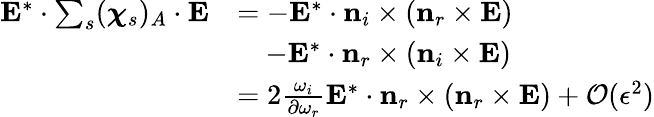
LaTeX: \begin{array}{rl}{\mathbf{E}^{*}\cdot\sum_{s}(\boldsymbol{\chi}_{s})_{A}\cdot\mathbf{E}}&{=-\mathbf{E}^{*}\cdot\mathbf{n}_{i}\times\left(\mathbf{n}_{r}\times\mathbf{E}\right)}\\ &{\quad-\mathbf{E}^{*}\cdot\mathbf{n}_{r}\times\left(\mathbf{n}_{i}\times\mathbf{E}\right)}\\ &{=2\frac{\omega_{i}}{\partial\omega_{r}}\mathbf{E}^{*}\cdot\mathbf{n}_{r}\times\left(\mathbf{n}_{r}\times\mathbf{E}\right)+\mathcal{O}(\epsilon^{2})}\end{array}